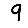
Digit: 9